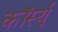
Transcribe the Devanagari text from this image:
कॉर्स्यू